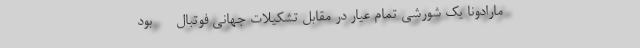
مارادونا یک شورشی تمام عیار در مقابل تشکیلات جهانی فوتبال - - بود